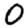
Digit: 0